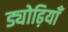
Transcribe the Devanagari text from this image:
ड्योढ़ियाँ